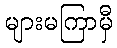
များမကြာမှီ